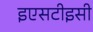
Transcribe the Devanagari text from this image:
इएसटीइसी